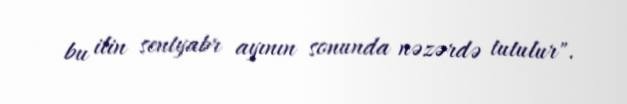
bu ilin sentyabr ayının sonunda nəzərdə tutulur".